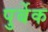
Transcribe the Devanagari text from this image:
पुर्बेक